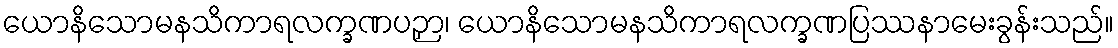
ယောနိသောမနသိကာရလက္ခဏပဉှာ၊ ယောနိသောမနသိကာရလက္ခဏပြဿနာမေးခွန်းသည်။